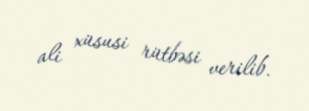
ali xüsusi rütbəsi verilib.